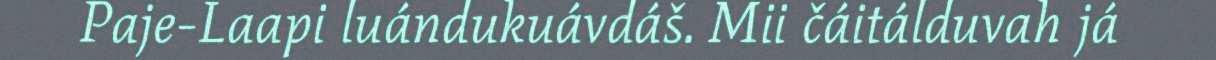
Paje-Laapi luándukuávdáš. Mii čáitálduvah já